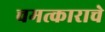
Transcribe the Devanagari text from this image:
चमत्काराचे